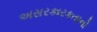
અસરકારકતાનો